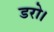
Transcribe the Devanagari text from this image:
डरो।